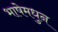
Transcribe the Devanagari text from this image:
भाषेमधुन